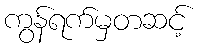
ကွန်ရက်မှတဆင့်